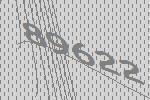
89622